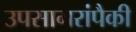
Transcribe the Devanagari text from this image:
उपसागरांपैकी